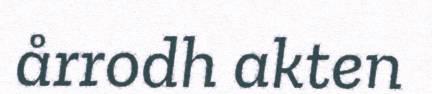
årrodh akten